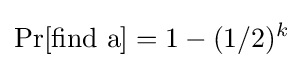
\Pr[\mathrm {find~a} ]=1-(1/2)^{k}